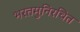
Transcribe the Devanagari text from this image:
भरतमुनिरचित